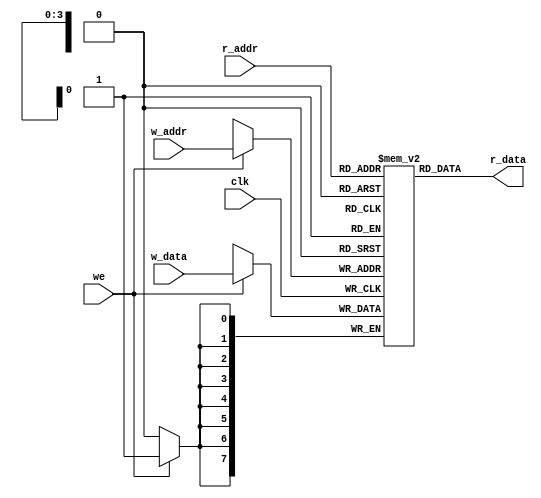
`timescale 1ns / 1ps
//////////////////////////////////////////////////////////////////////////////////
// Company: 
// Engineer: 
// 
// Design Name: 
// Module Name: dual_port_ram
// Project Name: 
// Target Devices: 
// Tool Versions: 
// Description: 
// 
// Dependencies: 
// 
// Revision:
// Revision 0.01 - File Created
// Additional Comments:
// 
//////////////////////////////////////////////////////////////////////////////////


module dual_port_ram
#(
  parameter DATA_WIDTH = 8, // Memory data word width
  parameter ADDR_WIDTH = 4  // Number of mem address bits
)
(
  input   we, clk,
  input   [ADDR_WIDTH-1:0] w_addr, r_addr,
  input   [DATA_WIDTH-1:0] w_data,
  output  [DATA_WIDTH-1:0] r_data
);

  // RTL Verilog memory model

  reg [DATA_WIDTH-1:0] mem [0:2**ADDR_WIDTH-1];

  assign r_data = mem[r_addr];

  always @(posedge clk)
    if (we)
      mem[w_addr] <= w_data;

endmodule